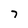
Character: 7